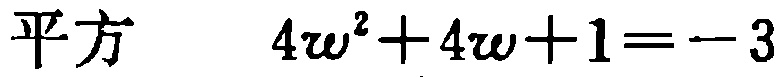
平方 \(4w^{2}+4w + 1 = - 3\)